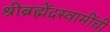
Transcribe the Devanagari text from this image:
श्रीब्रह्मेंद्रस्वामींची